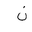
Letter: _non